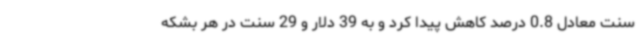
سنت معادل 0.8 درصد کاهش پیدا کرد و به 39 دلار و 29 سنت در هر بشکه